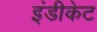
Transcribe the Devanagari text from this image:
इंडीकेट